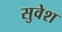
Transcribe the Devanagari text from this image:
सुवेश